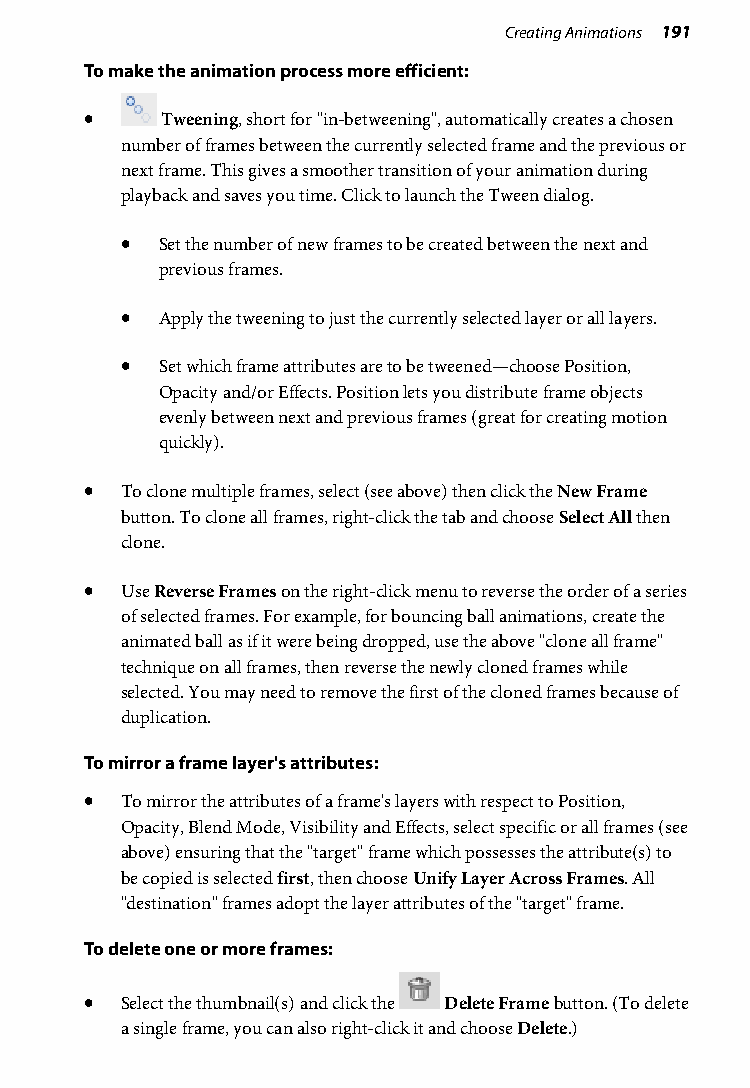
Creating Animations 191
 To make the animation process more efficient:
 •    Tweening, short for "in-betweening", automatically creates a chosen
 number of frames between the currently selected frame and the previous or
 next frame. This gives a smoother transition of your animation during
 playback and saves you time. Click to launch the Tween dialog.
 •  Set the number of new frames to be created between the next and
 previous frames.
 •  Apply the tweening to just the currently selected layer or all layers.
 •  Set which frame attributes are to be tweened—choose Position,
 Opacity and/or Effects. Position lets you distribute frame objects
 evenly between next and previous frames (great for creating motion
 quickly).
 • To clone multiple frames, select (see above) then click the New Frame
 button. To clone all frames, right-click the tab and choose Select All then
 clone.
 • Use Reverse Frames on the right-click menu to reverse the order of a series
 of selected frames. For example, for bouncing ball animations, create the
 animated ball as if it were being dropped, use the above "clone all frame"
 technique on all frames, then reverse the newly cloned frames while
 selected. You may need to remove the first of the cloned frames because of
 duplication.
 To mirror a frame layer's attributes:
 • To mirror the attributes of a frame's layers with respect to Position,
 Opacity, Blend Mode, Visibility and Effects, select specific or all frames (see
 above) ensuring that the "target" frame which possesses the attribute(s) to
 be copied is selected first, then choose Unify Layer Across Frames. All
 "destination" frames adopt the layer attributes of the "target" frame.
 To delete one or more frames:
 • Select the thumbnail(s) and click the Delete Frame button. (To delete
 a single frame, you can also right-click it and choose Delete.)